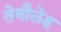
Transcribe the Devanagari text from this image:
तेबौलेह